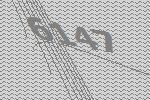
6147